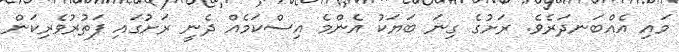
މައި އެއްބަނދަރެވެ. ރަށުގެ ގިނަ ބަޔަކު އެންމެ އިސްކަމެއް ދެނީ ރަށުގައި ފަތުރުވެރިކަން